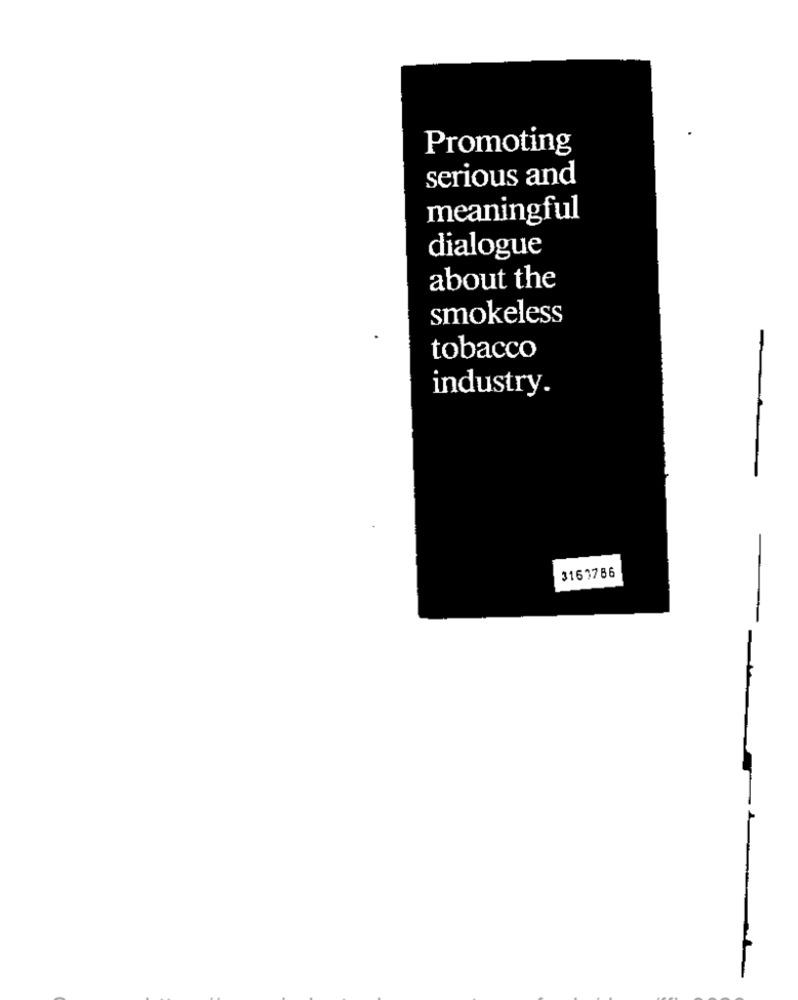
Promoting
serious and
meaningful
dialogue
about the
smokeless
tobacco
industry.
3163786